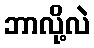
ဘာလို့လဲ